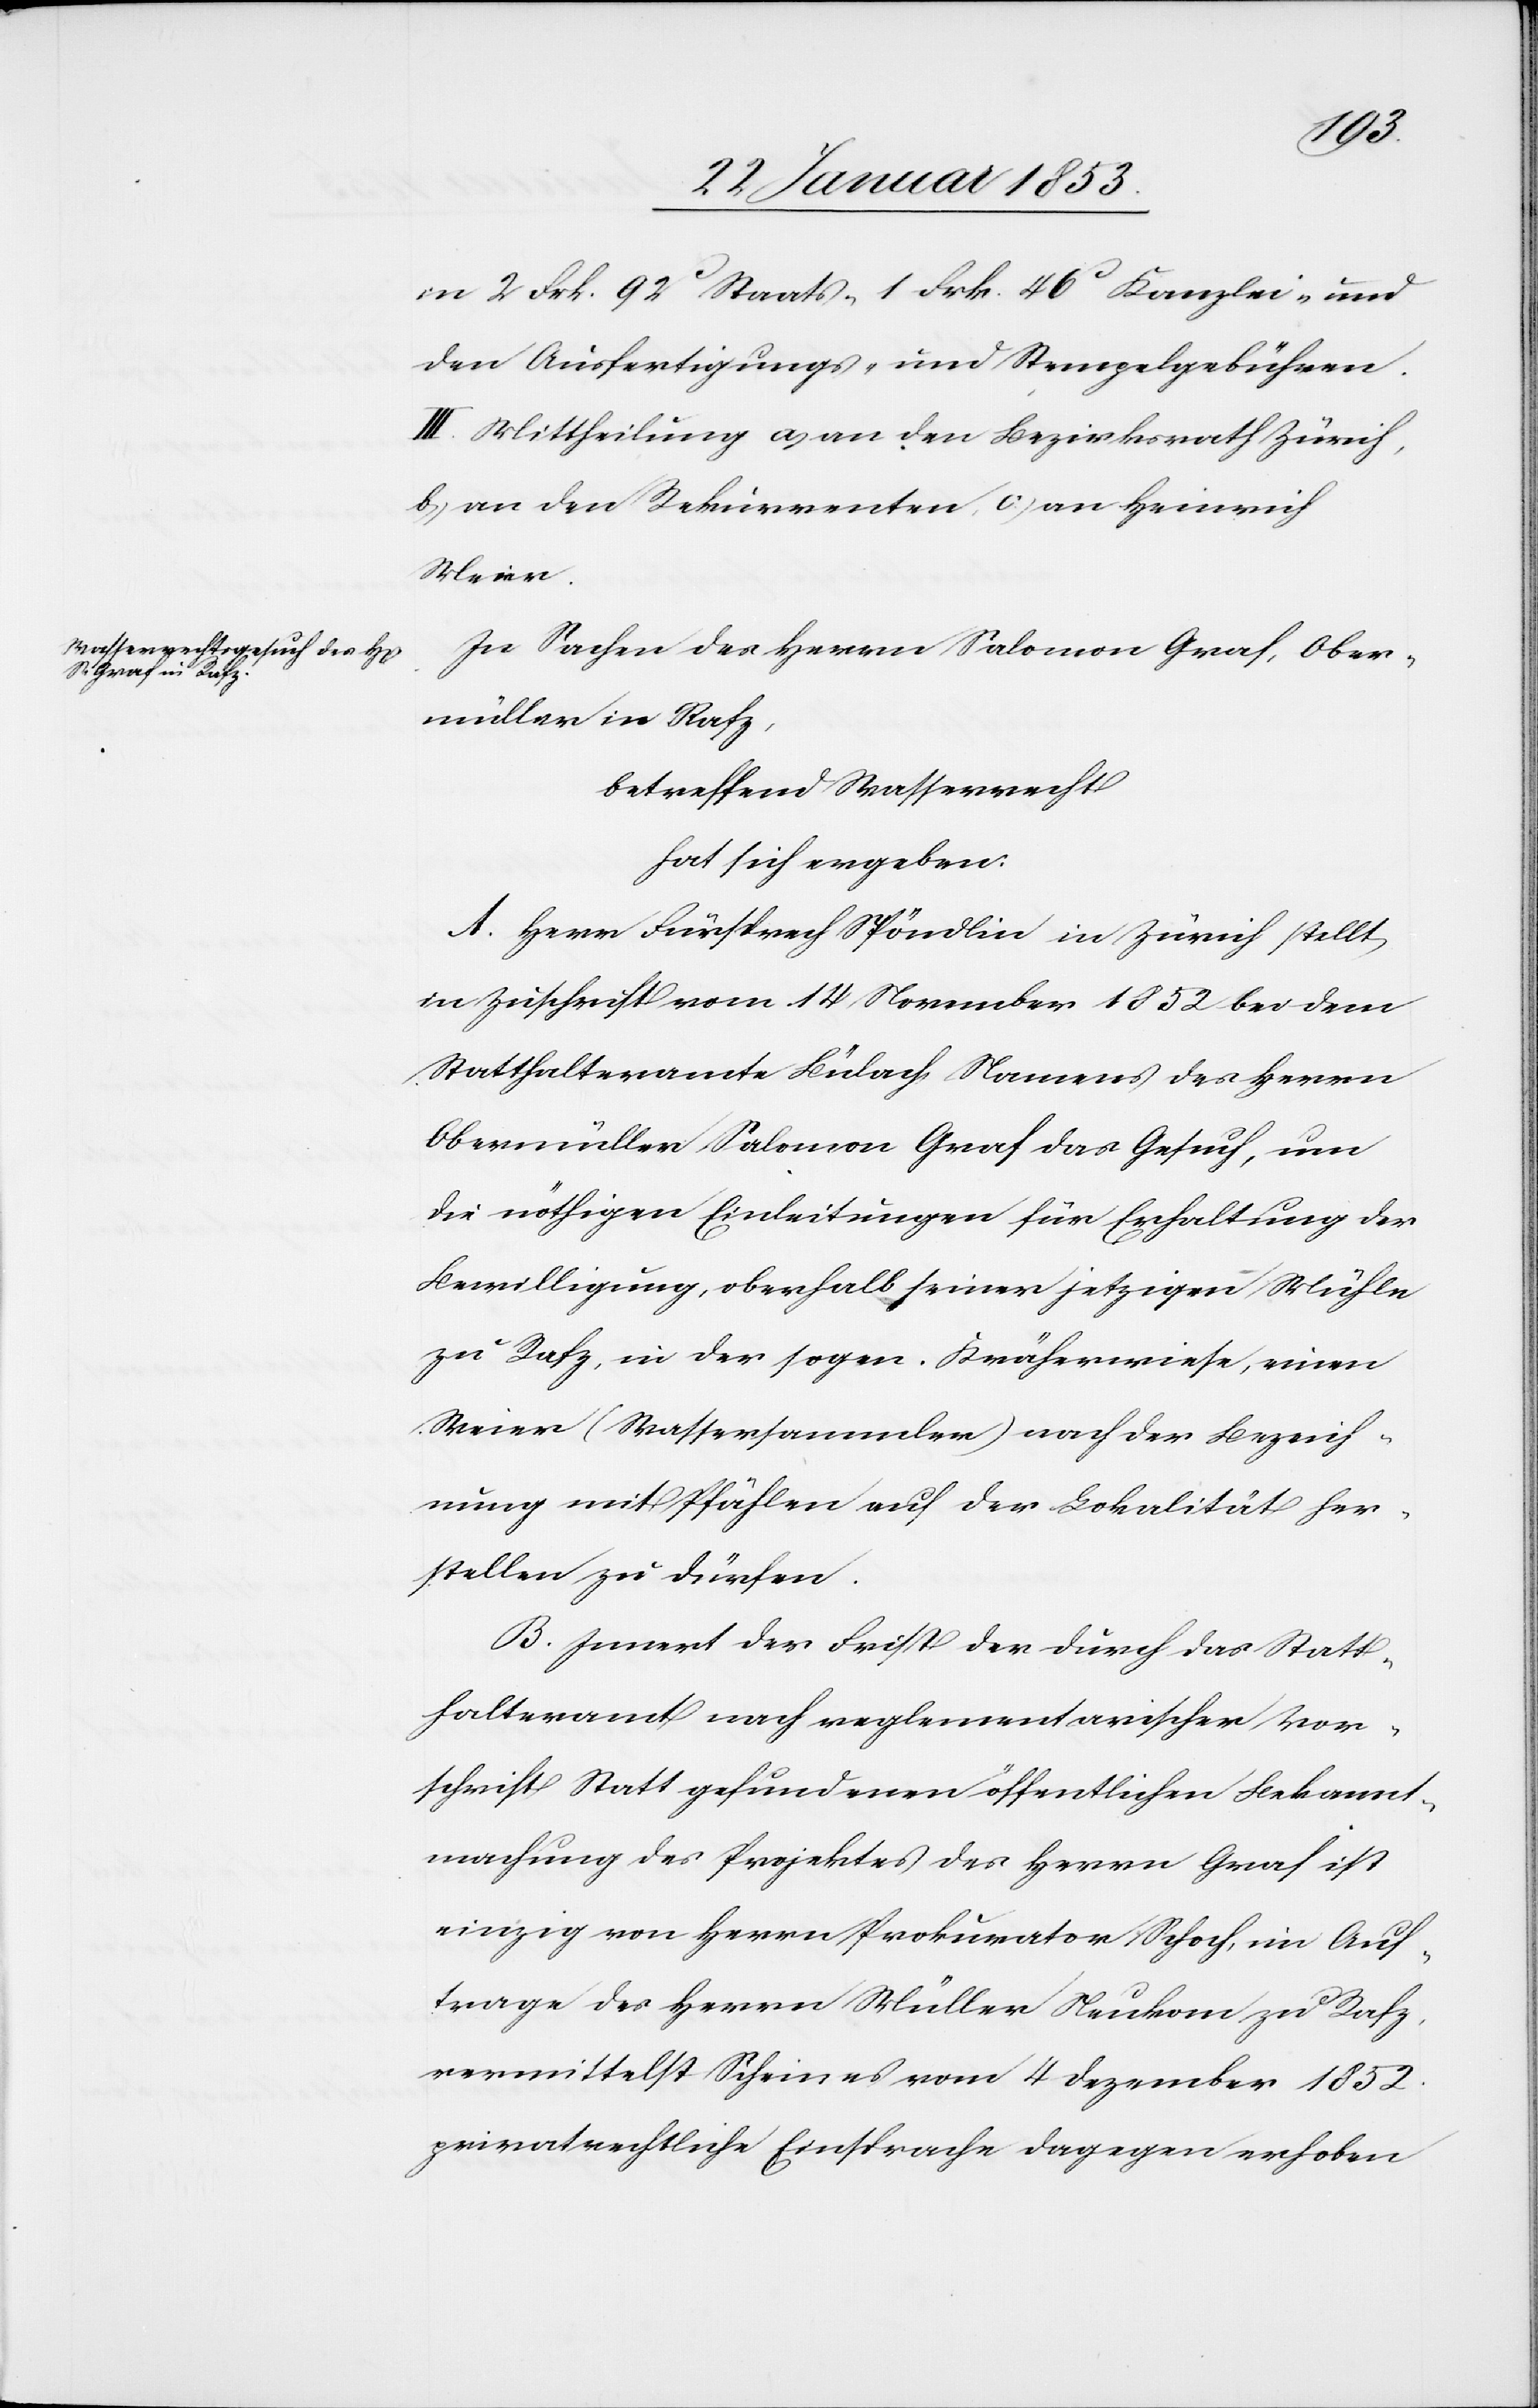
in 2 Frk. 92 Staats- 1 Frk. 46 Kanzlei- und
den Ausfertigungs- und Stempelgebühren.
III. Mittheilung a, an den Bezirksrath Zürich,
b, an den Rekurrenten, c, an Heinrich
Meier.
In Sachen der Herrn Salomon Graf, Ober¬
müller in Rafz,
betreffend Wasserecht
hat sich ergeben:
Herr Fürsprech Spöndlin in Zürich stellt
in Zeitschrift vom 14 November 1852 bei dem
Statthalteramte Bülach Namens des Herrn
Obermüller Salomon Graf das Gesuch, um
die nöthigen Einleitungen für Erhaltung der
Bewilligung oberhalb seiner jetzigen Mühle
zu Rafz, in der sogen. Krähenwiese, einen
Weier (Wassersammler) nach der Bezeich¬
nung mit Pfählen auf der Lokalität her¬
stellen zu dürfen.
Innert der Frist der durch das Statt¬
halteramt nach reglementarischer Vor¬
schrift Statt gefundenen öffentlichen Bekannt¬
machung des Projektes des Herrn Graf ist
einzig von Herrn Prokurator Schoch, im Auf¬
trage des Herrn Müller Neukom zu Rafz,
vermittelst Scheines vom 4 Dezember 1852
privatrechtliche Einsprache dagegen erhoben